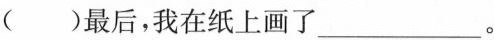
( )最后，我在纸上画了___。